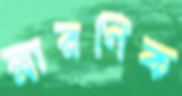
স্মারণিক